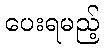
ပေးရမည့်